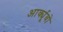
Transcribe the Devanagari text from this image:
आर्क्यूवो